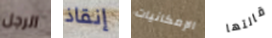
الرجل إنقاذ الإمكانيات قالتها